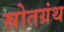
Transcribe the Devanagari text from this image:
स्रोतग्रंथ